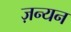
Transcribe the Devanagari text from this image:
ज़न्यन